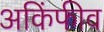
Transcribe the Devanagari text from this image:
अकिंफीव